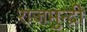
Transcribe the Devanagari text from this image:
राजमुन्द्री